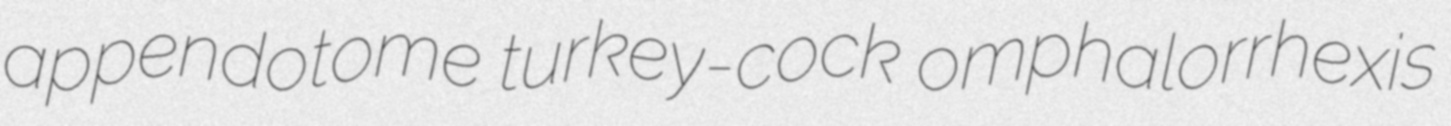
appendotome turkey-cock omphalorrhexis